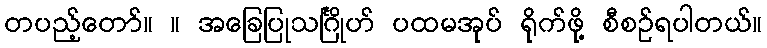
တပည့်တော်။ ။ အခြေပြုသင်္ဂြိုဟ် ပထမအုပ် ရိုက်ဖို့ စီစဉ်ရပါတယ်။